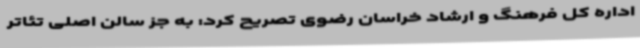
اداره‌ کل فرهنگ و ارشاد خراسان رضوی تصریح کرد: به جز سالن اصلی تئاتر